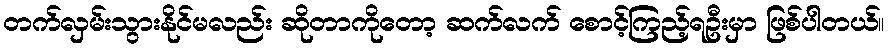
တက်လှမ်းသွားနိုင်မလည်း ဆိုတာကိုတော့ ဆက်လက် စောင့်ကြည့်ရဦးမှာ ဖြစ်ပါတယ်။